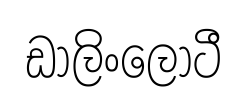
ඩාලිංලොටී